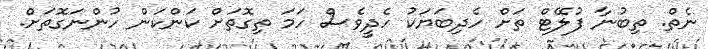
ނެތް. ތިބުނާ ފުލޭޓް ތަށް ހެދިބަޔަކު ހެދީވެސް ހަމަ ތިގޮތަށް ކަންކަން ހުންނަގޮތަށް.